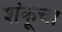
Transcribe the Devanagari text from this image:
शंकूचा